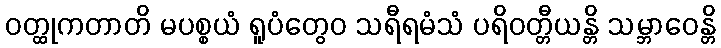
ဝတ္ထုကတာတိ မပစ္စယံ ရူပံတွေဝ သရီရမံသံ ပရိဝတ္တီယန္တိ သမ္ဘာဝေန္တိ